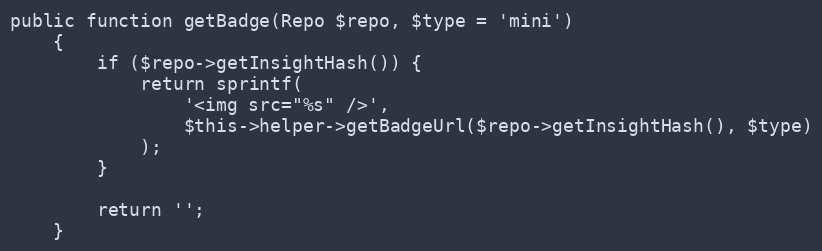
Language: PHP
public function getBadge(Repo $repo, $type = 'mini')
    {
        if ($repo->getInsightHash()) {
            return sprintf(
                '<img src="%s" />',
                $this->helper->getBadgeUrl($repo->getInsightHash(), $type)
            );
        }

        return '';
    }